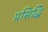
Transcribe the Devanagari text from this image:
प्रसिद्घि